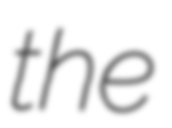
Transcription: the